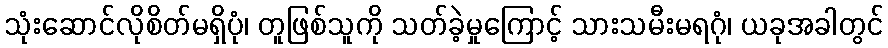
သုံးဆောင်လိုစိတ်မရှိပုံ၊ တူဖြစ်သူကို သတ်ခဲ့မှုကြောင့် သားသမီးမရဂုံ၊ ယခုအခါတွင်